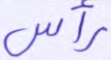
رأس